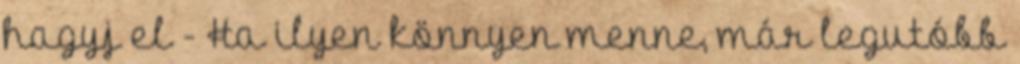
hagyj el - Ha ilyen könnyen menne, már legutóbb